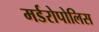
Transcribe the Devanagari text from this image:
मर्डरोपोलिस